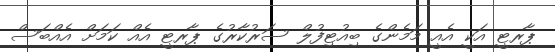
ޕާރޓީ އަކީ އެއީ މަމެންގެ ބިއުޓިފުލް ސަރުކާރުގެ ޕާރޓީ އެއް ކަމަށް އެއްބަސް